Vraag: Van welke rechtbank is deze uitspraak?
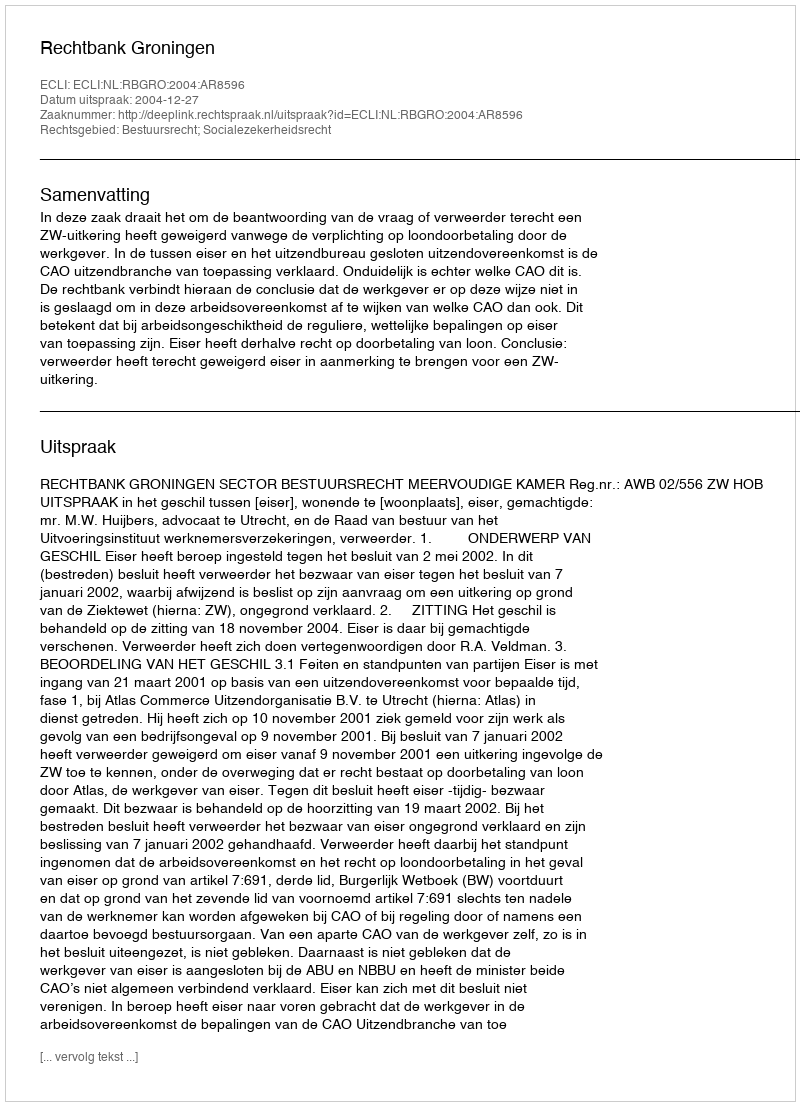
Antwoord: Rechtbank Groningen